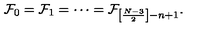
{ \cal F } _ { 0 } = { \cal F } _ { 1 } = \cdots = { \cal F } _ { \left[ \frac { N - 3 } { 2 } \right] - n + 1 } .